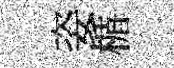
姿楯